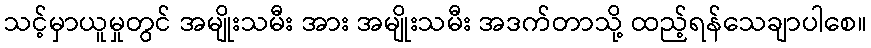
သင့်မှာယူမှုတွင် အမျိုးသမီး အား အမျိုးသမီး အဒက်တာသို့ ထည့်ရန်သေချာပါစေ။